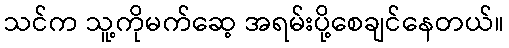
သင်က သူ့ကိုမက်ဆေ့ အရမ်းပို့စေချင်နေတယ်။